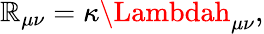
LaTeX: \mathbb{R}_{\mu\nu}=\kappa\Lambdah_{\mu\nu},